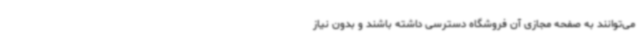
می‌توانند به صفحه مجازی آن فروشگاه دسترسی داشته باشند و بدون نیاز